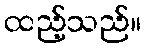
ထည့်သည်။